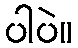
ပါပဲ။